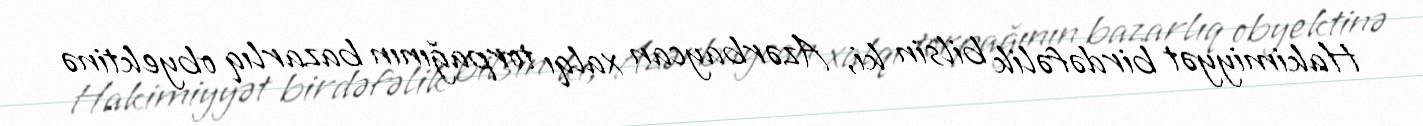
Hakimiyyət birdəfəlik bilsin ki, Azərbaycan xalqı torpağının bazarlıq obyektinə